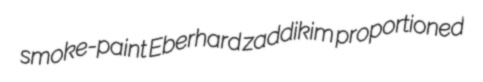
smoke-paint Eberhard zaddikim proportioned